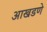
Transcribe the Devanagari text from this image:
आखडणे